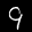
Label: 9